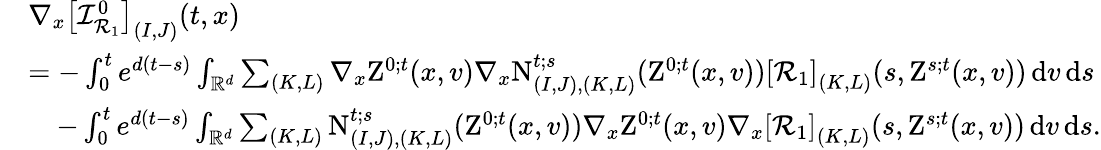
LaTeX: \begin{array}{rl}&{\nabla_{x}\left[\mathcal{I}_{\mathcal{R}_{1}}^{0}\right]_{(I,J)}(t,x)}\\ &{=-\int_{0}^{t}e^{d(t-s)}\int_{\mathbb R^{d}}\sum_{(K,L)}\nabla_{x}\mathrm{Z}^{0;t}(x,v)\nabla_{x}\mathrm{N}_{(I,J),(K,L)}^{t;s}(\mathrm{Z}^{0;t}(x,v))\left[\mathcal{R}_{1}\right]_{(K,L)}(s,\mathrm{Z}^{s;t}(x,v))\, \mathrm{d}v\, \mathrm{d}s}\\ &{\quad-\int_{0}^{t}e^{d(t-s)}\int_{\mathbb R^{d}}\sum_{(K,L)}\mathrm{N}_{(I,J),(K,L)}^{t;s}(\mathrm{Z}^{0;t}(x,v))\nabla_{x}\mathrm{Z}^{0;t}(x,v)\nabla_{x}\left[\mathcal{R}_{1}\right]_{(K,L)}(s,\mathrm{Z}^{s;t}(x,v))\, \mathrm{d}v\, \mathrm{d}s.}\end{array}